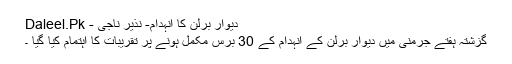
دیوار برلن کا انہدام- نذیر ناجی - Daleel.Pk
گزشتہ ہفتے جرمنی میں دیوارِ برلن کے انہدام کے 30 برس مکمل ہونے پر تقریبات کا اہتمام کیا گیا ۔